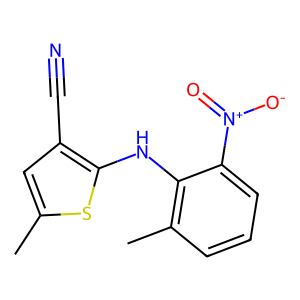
SMILES: Cc1cc(C#N)c(Nc2c(C)cccc2[N+](=O)[O-])s1
Inhibits HIV replication: No